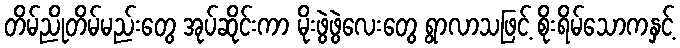
တိမ်ညိုတိမ်မည်းတွေ အုပ်ဆိုင်းကာ မိုးဖွဲဖွဲလေးတွေ ရွာလာသဖြင့် စိုးရိမ်သောကနှင့်